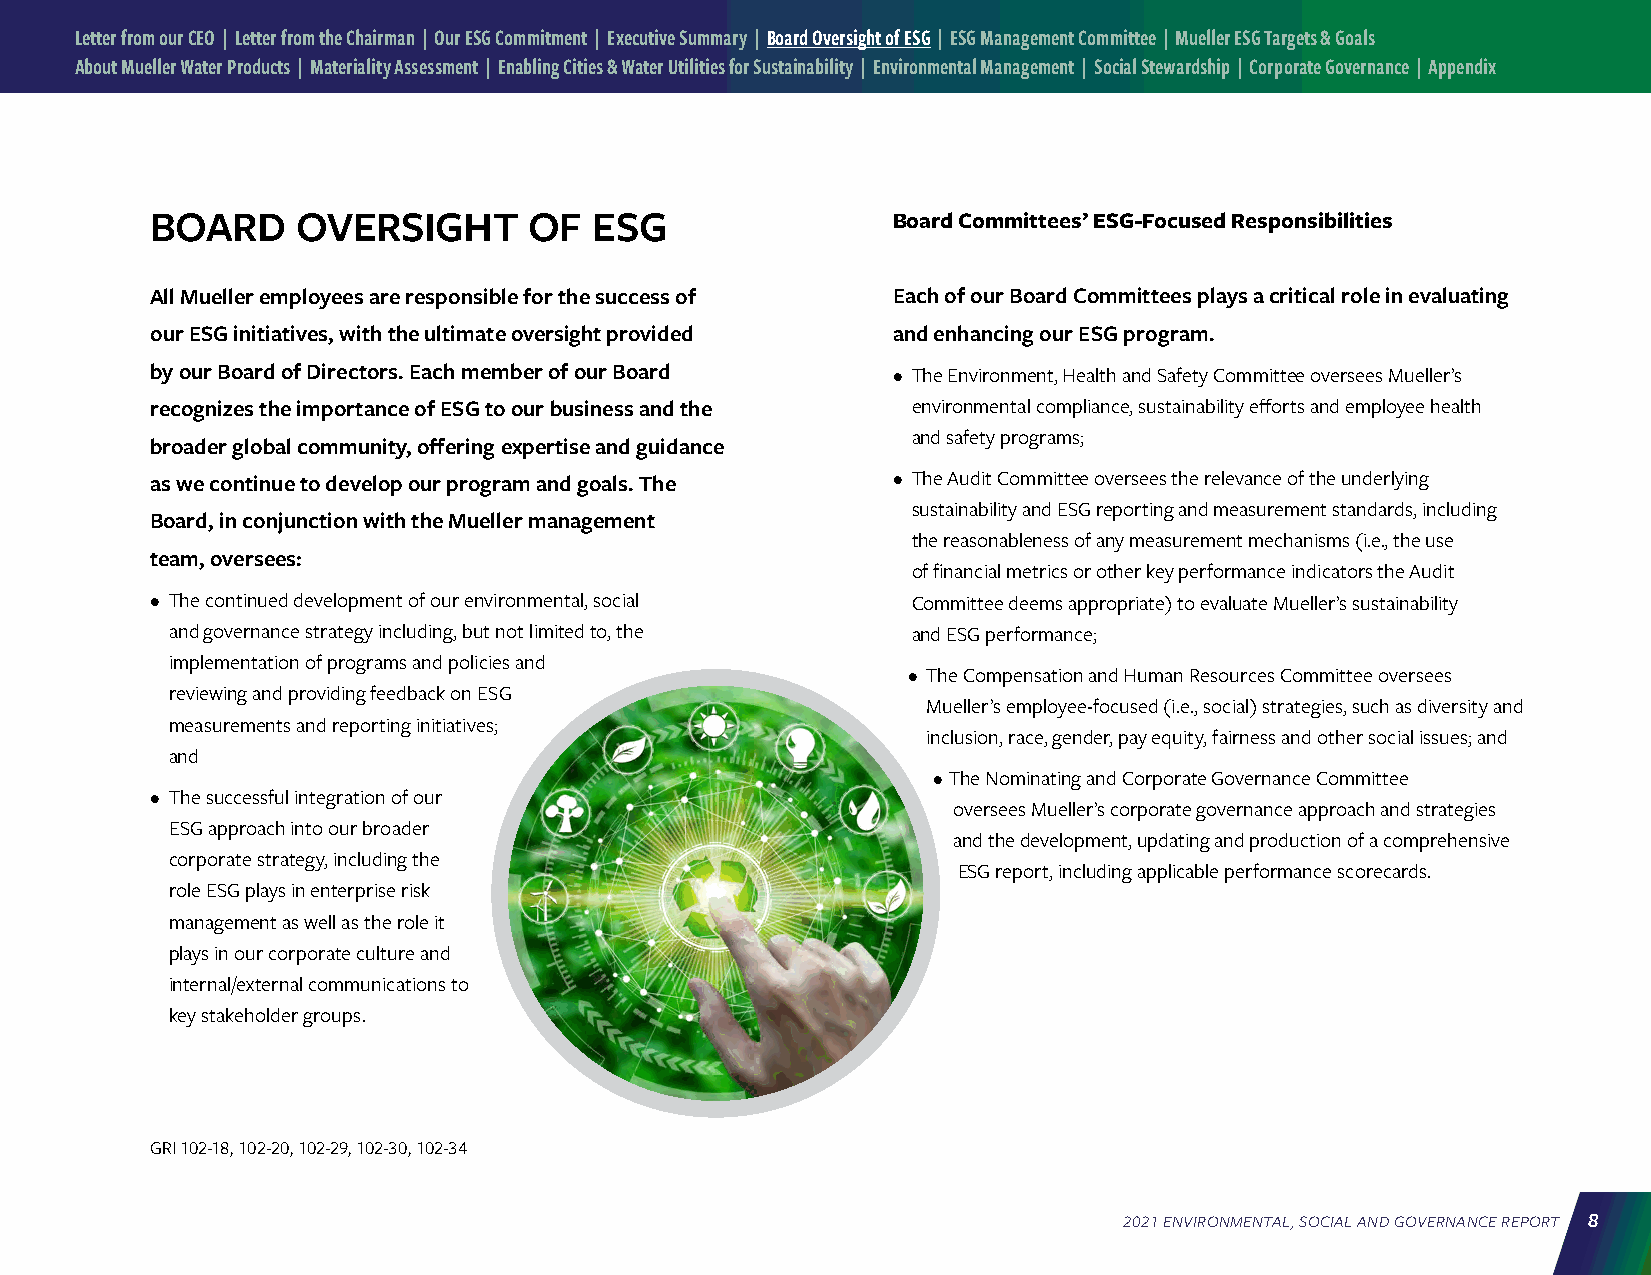
Letter from our CEO | Letter from the Chairman | Our ESG Commitment | Executive Summary | Board Oversight of ESG | ESG Management Committee | Mueller ESG Targets & Goals
 About Mueller Water Products | Materiality Assessment | Enabling Cities & Water Utilities for Sustainability | Environmental Management | Social Stewardship | Corporate Governance | Appendix
 BOARD     OVERSIGHT      OF  ESG                 Board Committees’ ESG-Focused Responsibilities
 All Mueller employees are responsible for the success of Each of our Board Committees plays a critical role in evaluating
 our ESG initiatives, with the ultimate oversight provided and enhancing our ESG program.
 by our Board of Directors. Each member of our Board • The Environment, Health and Safety Committee oversees Mueller’s
 recognizes the importance of ESG to our business and the environmental compliance, sustainability efforts and employee health
 and safety programs;
 broader global community, offering expertise and guidance
 as we continue to develop our program and goals. The • The Audit Committee oversees the relevance of the underlying
 sustainability and ESG reporting and measurement standards, including
 Board, in conjunction with the Mueller management
 the reasonableness of any measurement mechanisms (i.e., the use
 team, oversees:
 of financial metrics or other key performance indicators the Audit
 • The continued development of our environmental, social Committee deems appropriate) to evaluate Mueller’s sustainability
 and governance strategy including, but not limited to, the and ESG performance;
 implementation of programs and policies and
 • The Compensation and Human Resources Committee oversees
 reviewing and providing feedback on ESG
 Mueller’s employee-focused (i.e., social) strategies, such as diversity and
 measurements and reporting initiatives;
 inclusion, race, gender, pay equity, fairness and other social issues; and
 and
 • The Nominating and Corporate Governance Committee
 • The successful integration of our
 oversees Mueller’s corporate governance approach and strategies
 ESG approach into our broader
 and the development, updating and production of a comprehensive
 corporate strategy, including the
 ESG report, including applicable performance scorecards.
 role ESG plays in enterprise risk
 management as well as the role it
 plays in our corporate culture and
 internal/external communications to
 key stakeholder groups.
 GRI 102-18, 102-20, 102-29, 102-30, 102-34
 2021 ENVIRONMENTAL, SOCIAL AND GOVERNANCE REPORT 8